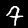
Digit: 9